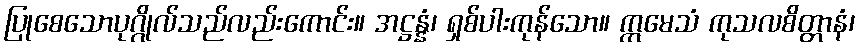
ပြုစေသောပုဂ္ဂိုလ်သည်လည်းကောင်း။ အဋ္ဌန္နံ၊ ရှစ်ပါးကုန်သော။ ဣမေသံ ကုသလစိတ္တာနံ၊